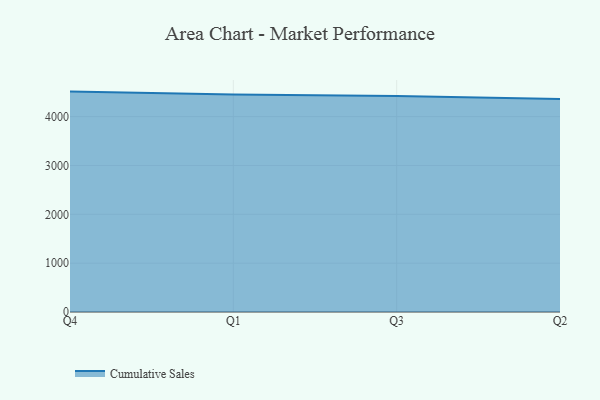
{"axis": {"x": "Quarter", "y": "Budget (USD K)"}, "legend": ["Cumulative Sales"], "data": [{"x": "Q4", "y": 4512.0, "type": "Cumulative Sales"}, {"x": "Q1", "y": 4453.2, "type": "Cumulative Sales"}, {"x": "Q3", "y": 4424.1, "type": "Cumulative Sales"}, {"x": "Q2", "y": 4362.8, "type": "Cumulative Sales"}]}